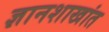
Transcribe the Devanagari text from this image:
ज्ञानशाखांत